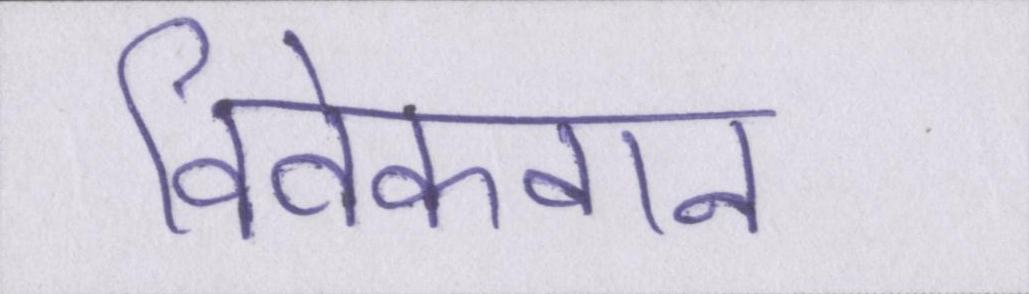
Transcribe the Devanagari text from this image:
विवेकवान